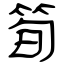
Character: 筍